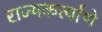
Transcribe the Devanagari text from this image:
राज्यकर्त्याणे